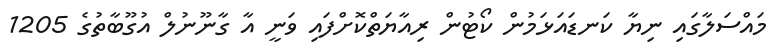
މައްސަލާގައި ނިޔާ ކަނޑައަޅަމުން ކޯޓުން ރިއާޔަތްކޮށްފައި ވަނީ އާ ގާނޫނުލް އުގޫބާތުގެ 1205